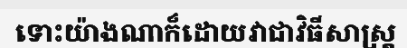
ទោះយ៉ាងណាក៏ដោយវាជាវិធីសាស្ត្រ